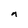
Character: n